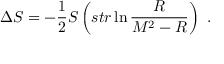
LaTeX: \Delta S = - \frac { 1 } { 2 } { \cal S } \left( s t r \ln \frac { { \cal R } } { M ^ { 2 } - { \cal R } } \right) \ .